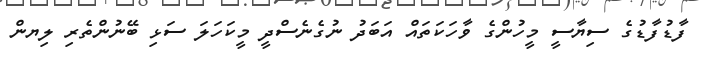
ފާޑުފާޑުގެ ސިޔާސީ މީހުންގެ ވާހަކަތައް އަބަދު ނުގެނެސްދީ މީކަހަލަ ސަޅި ބޭނުންތެރި ލިޔން